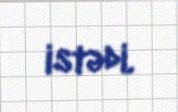
istədi.